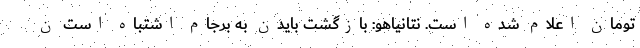
تومان اعلام شده است. نتانیاهو: بازگشت بایدن به برجام اشتباه است ن